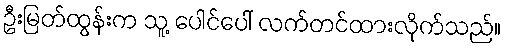
ဦးမြတ်ထွန်းက သူ့ ပေါင်ပေါ် လက်တင်ထားလိုက်သည်။